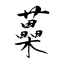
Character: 蘽